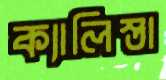
ক্যালিস্তা